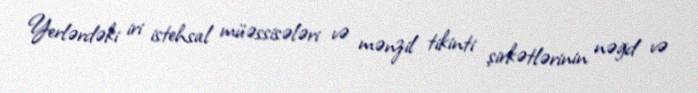
Yerlərdəki iri istehsal müəssisələri və mənzil tikinti şirkətlərinin nəğd və